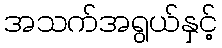
အသက်အရွယ်နှင့်